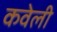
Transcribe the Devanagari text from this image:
कवेली